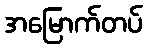
အမြောက်တပ်